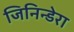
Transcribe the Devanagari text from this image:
जिनिन्डेरा